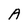
Character: A